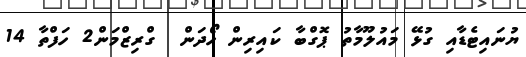
ޔުނައިޓެޑާއި ގުޅޭ މައުލޫމާތު ޕޮގްބާ ކައިރިން ހޯދަން  ގްރިޒްމަން2 ހަފްތާ 14